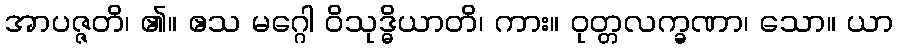
အာပဇ္ဇတိ၊ ၏။ ဧသ မဂ္ဂေါ ဝိသုဒ္ဓိယာတိ၊ ကား။ ဝုတ္တလက္ခဏာ၊ သော။ ယာ